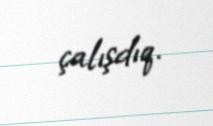
çalışdıq.